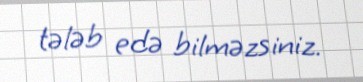
tələb edə bilməzsiniz.